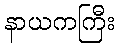
နာယကကြီး